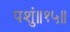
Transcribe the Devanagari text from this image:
पशुं॥१५॥